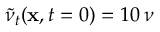
\tilde { \nu } _ { t } ( { \bf { x } } , t = 0 ) = 1 0 \, \nu